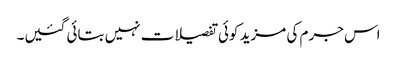
اس جرم کی مزید کوئی تفصیلات نہیں بتائی گئیں۔